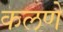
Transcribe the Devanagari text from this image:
कलणें